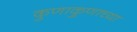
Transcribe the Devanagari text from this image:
कुणाकुणाच्या